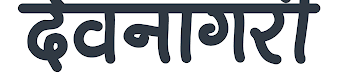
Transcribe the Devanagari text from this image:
देवनागरी